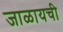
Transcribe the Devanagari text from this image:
जाळायची